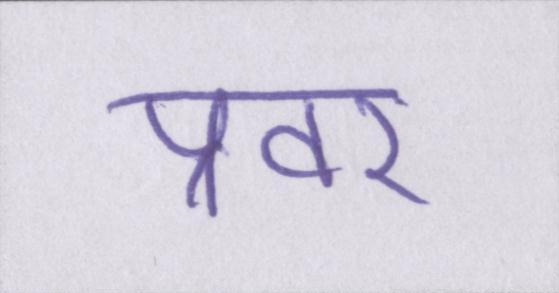
प्रवर